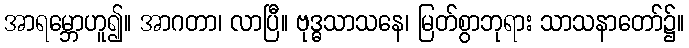
အာရမ္ဘောဟူ၍။ အာဂတာ၊ လာပြီ။ ဗုဒ္ဓသာသနေ၊ မြတ်စွာဘုရား သာသနာတော်၌။